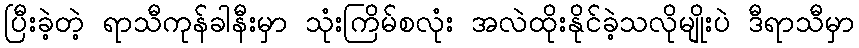
ပြီးခဲ့တဲ့ ရာသီကုန်ခါနီးမှာ သုံးကြိမ်စလုံး အလဲထိုးနိုင်ခဲ့သလိုမျိုးပဲ ဒီရာသီမှာ